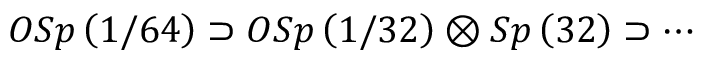
O S p \left( 1 / 6 4 \right) \supset O S p \left( 1 / 3 2 \right) \otimes S p \left( 3 2 \right) \supset \cdots